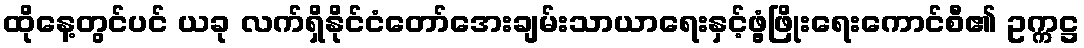
ထိုနေ့တွင်ပင် ယခု လက်ရှိနိုင်ငံတော်အေးချမ်းသာယာရေးနှင့်ဖွံ့ဖြိုးရေးကောင်စီ၏ ဥက္ကဋ္ဌ